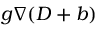
g \nabla ( D + b )